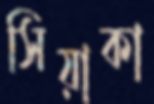
সিয়াকা